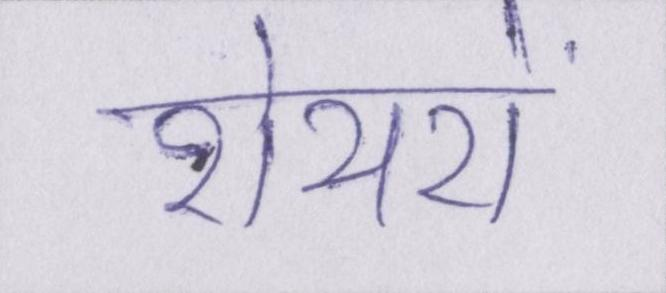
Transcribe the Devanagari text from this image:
शेयरों